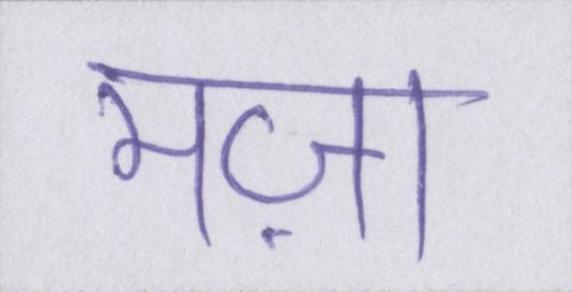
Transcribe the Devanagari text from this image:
मज़ा